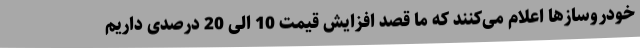
خودروسازها اعلام می‌کنند که ما قصد افزایش قیمت 10 الی 20 درصدی داریم